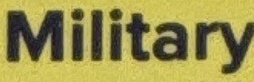
Military